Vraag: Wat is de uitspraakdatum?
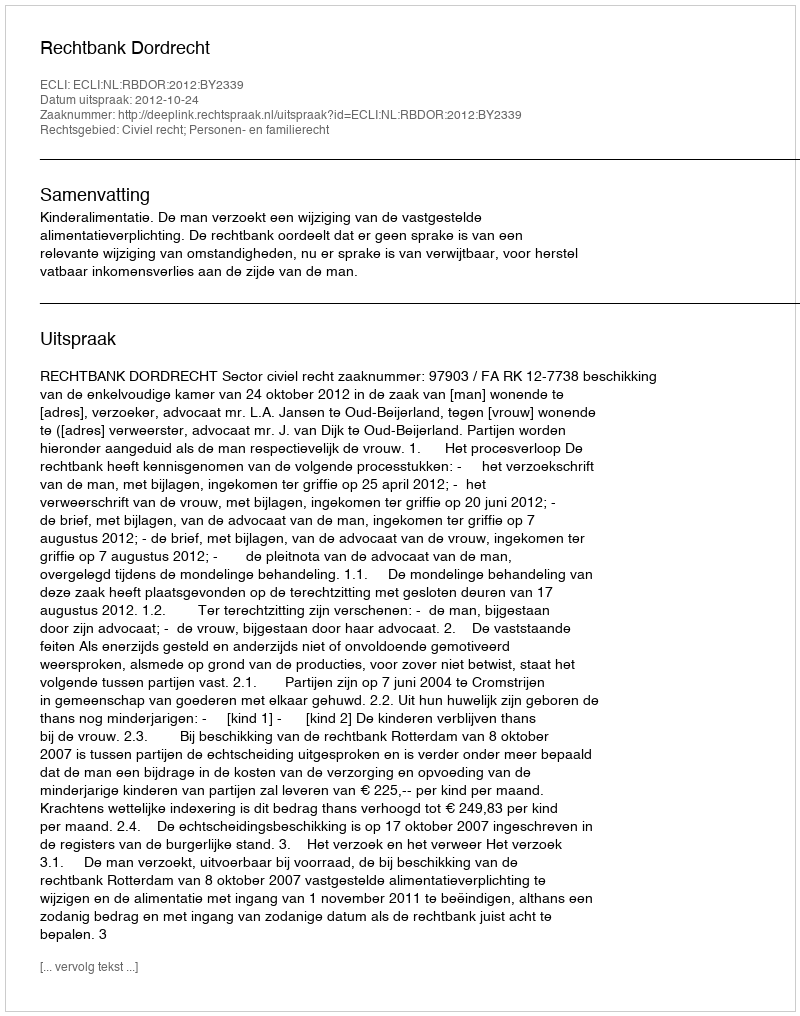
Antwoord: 2012-10-24